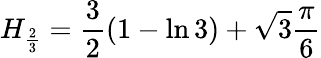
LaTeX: H_{\frac{2}{3}}={\frac{3}{2}}(1-\ln{3})+{\sqrt{3}}{\frac{\pi}{6}}